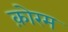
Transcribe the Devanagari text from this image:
क़ोरम